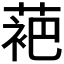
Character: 𬡞